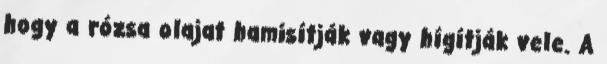
hogy a rózsa olajat hamisítják vagy hígítják vele. A